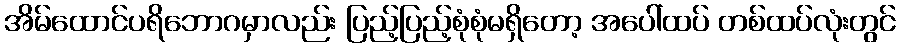
အိမ်ထောင်ပရိဘောဂမှာလည်း ပြည့်ပြည့်စုံစုံမရှိတော့ အပေါ်ထပ် တစ်ထပ်လုံးတွင်